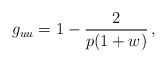
\begin{align*}g_{uu}=1 - \frac{2}{p(1+w)}\,,\end{align*}